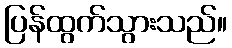
ပြန်ထွက်သွားသည်။